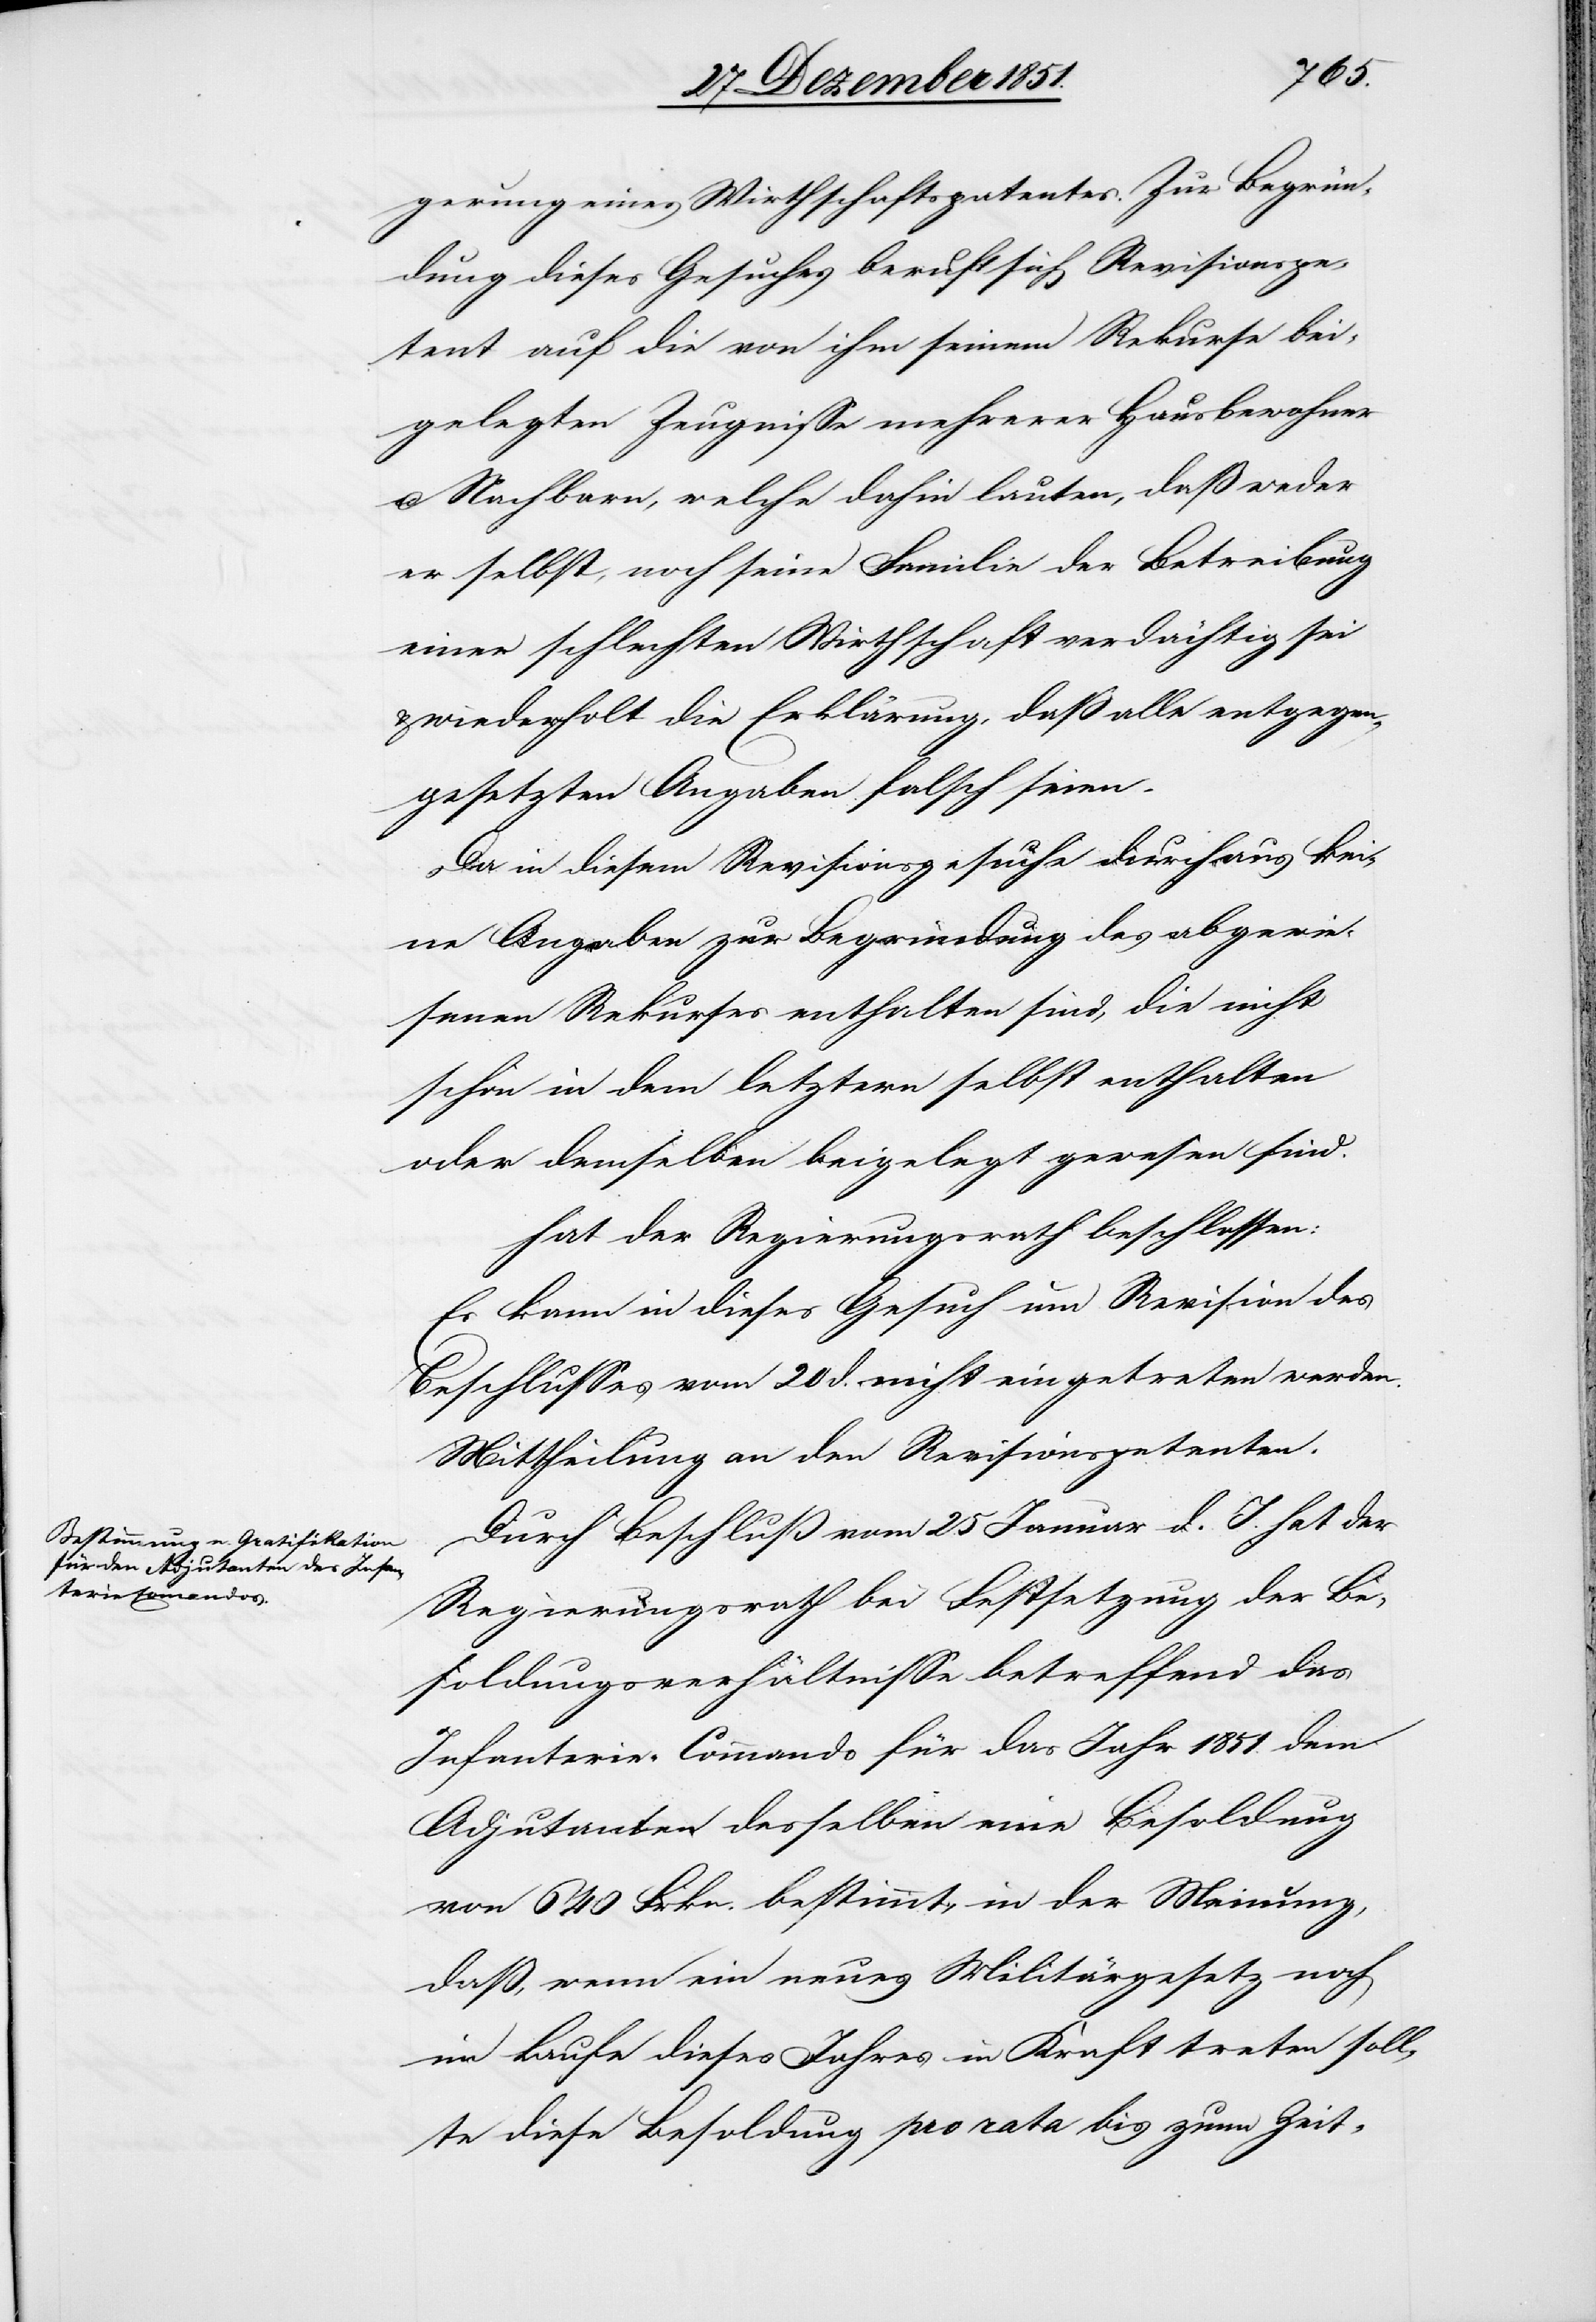
gerung eines Wirthschaftspatentes. Zur Begrün¬
dung dieses Gesuches beruft sich Revisionspe¬
tent auf die von ihm seinem Rekurse bei¬
gelegten Zeugnisse mehrerer Hausbewohner
u. Nachbarn, welche dahin lauten, daß weder
er selbst, noch seine Familie der Betreibung
einer schlechten Wirthschaft verdächtig sei
wiederholt die Erklärung, daß alle entgegen¬
gesetzten Angaben falsch seien.
Da in diesem Revisionsgesuche durchaus kei¬
ne Angaben zur Begründung des abgewie¬
senen Rekurses enthalten sind, die nicht
schon in dem letztern selbst enthalten
oder demselben beigelegt gewesen sind.
hat der Regierungsrath beschlossen:
Es kann in dieses Gesuch um Revision des
Beschlusses vom 20 d. nicht eingetreten werden.
Mittheilung an den Revisionspetenten.
Durch Beschluß vom 25 Januar d. J. hat der
Regierungsrath bei Festsetzung der Be¬
soldungsverhältnisse betreffend das
Infanterie-Commando für das Jahr 1851. dem
Adjutanten desselben eine Besoldung
von 640 Frkn. bestimmt, in der Meinung,
daß, wenn ein neues Militärgesetz noch
im Laufe dieses Jahres in Kraft treten soll¬
te diese Besoldung pro rata bis zum Zeit-